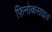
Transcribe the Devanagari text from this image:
फ़िनोकसाइड